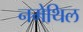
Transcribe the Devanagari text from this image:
नमेथिल